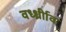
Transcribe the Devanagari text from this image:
वर्ध्ध्रीाव